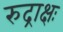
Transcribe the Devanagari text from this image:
रुद्राक्षः